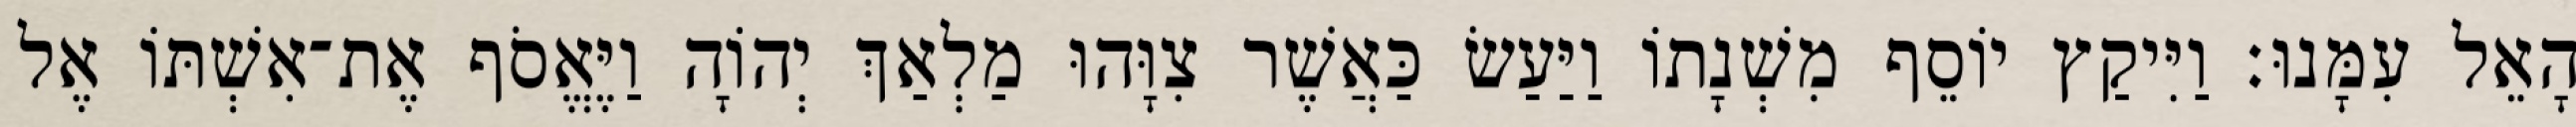
הָאֵל עִמָּנוּ׃ וַיִּיקַץ יוֹסֵף מִשְׁנָתוֹ וַיַּעַשׂ כַּאֲשֶׁר צִוָּהוּ מַלְאַךְ יְהוָֹה וַיֶּאֱסֹף אֶת־אִשְׁתּוֹ אֶל